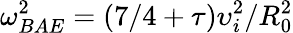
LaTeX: \omega_{BAE}^{2}=(7/4+\tau)\upsilon_{i}^{2}/R_{0}^{2}